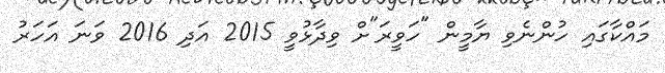
މައްކާގައި ހުންނެވި ޔާމީން "ހަވީރަ"ށް ވިދާޅުވީ 2015 އަދި 2016 ވަނަ އަހަރު